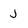
Character: J